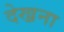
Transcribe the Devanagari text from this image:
देख्रना